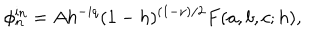
\phi _ { n } ^ { \mathrm { i n } } = A h ^ { - i q } ( 1 - h ) ^ { ( 1 - \nu ) / 2 } F ( a , b , c ; h ) ,